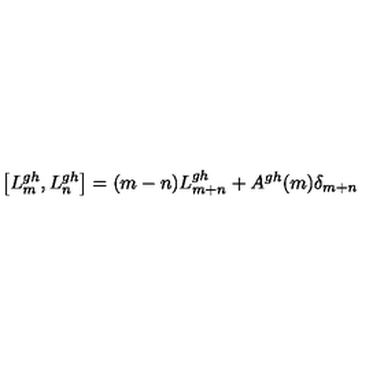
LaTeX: \left[ L _ { m } ^ { g h } , L _ { n } ^ { g h } \right] = ( m - n ) L _ { m + n } ^ { g h } + A ^ { g h } ( m ) \delta _ { m + n }